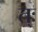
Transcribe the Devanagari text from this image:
त्ः